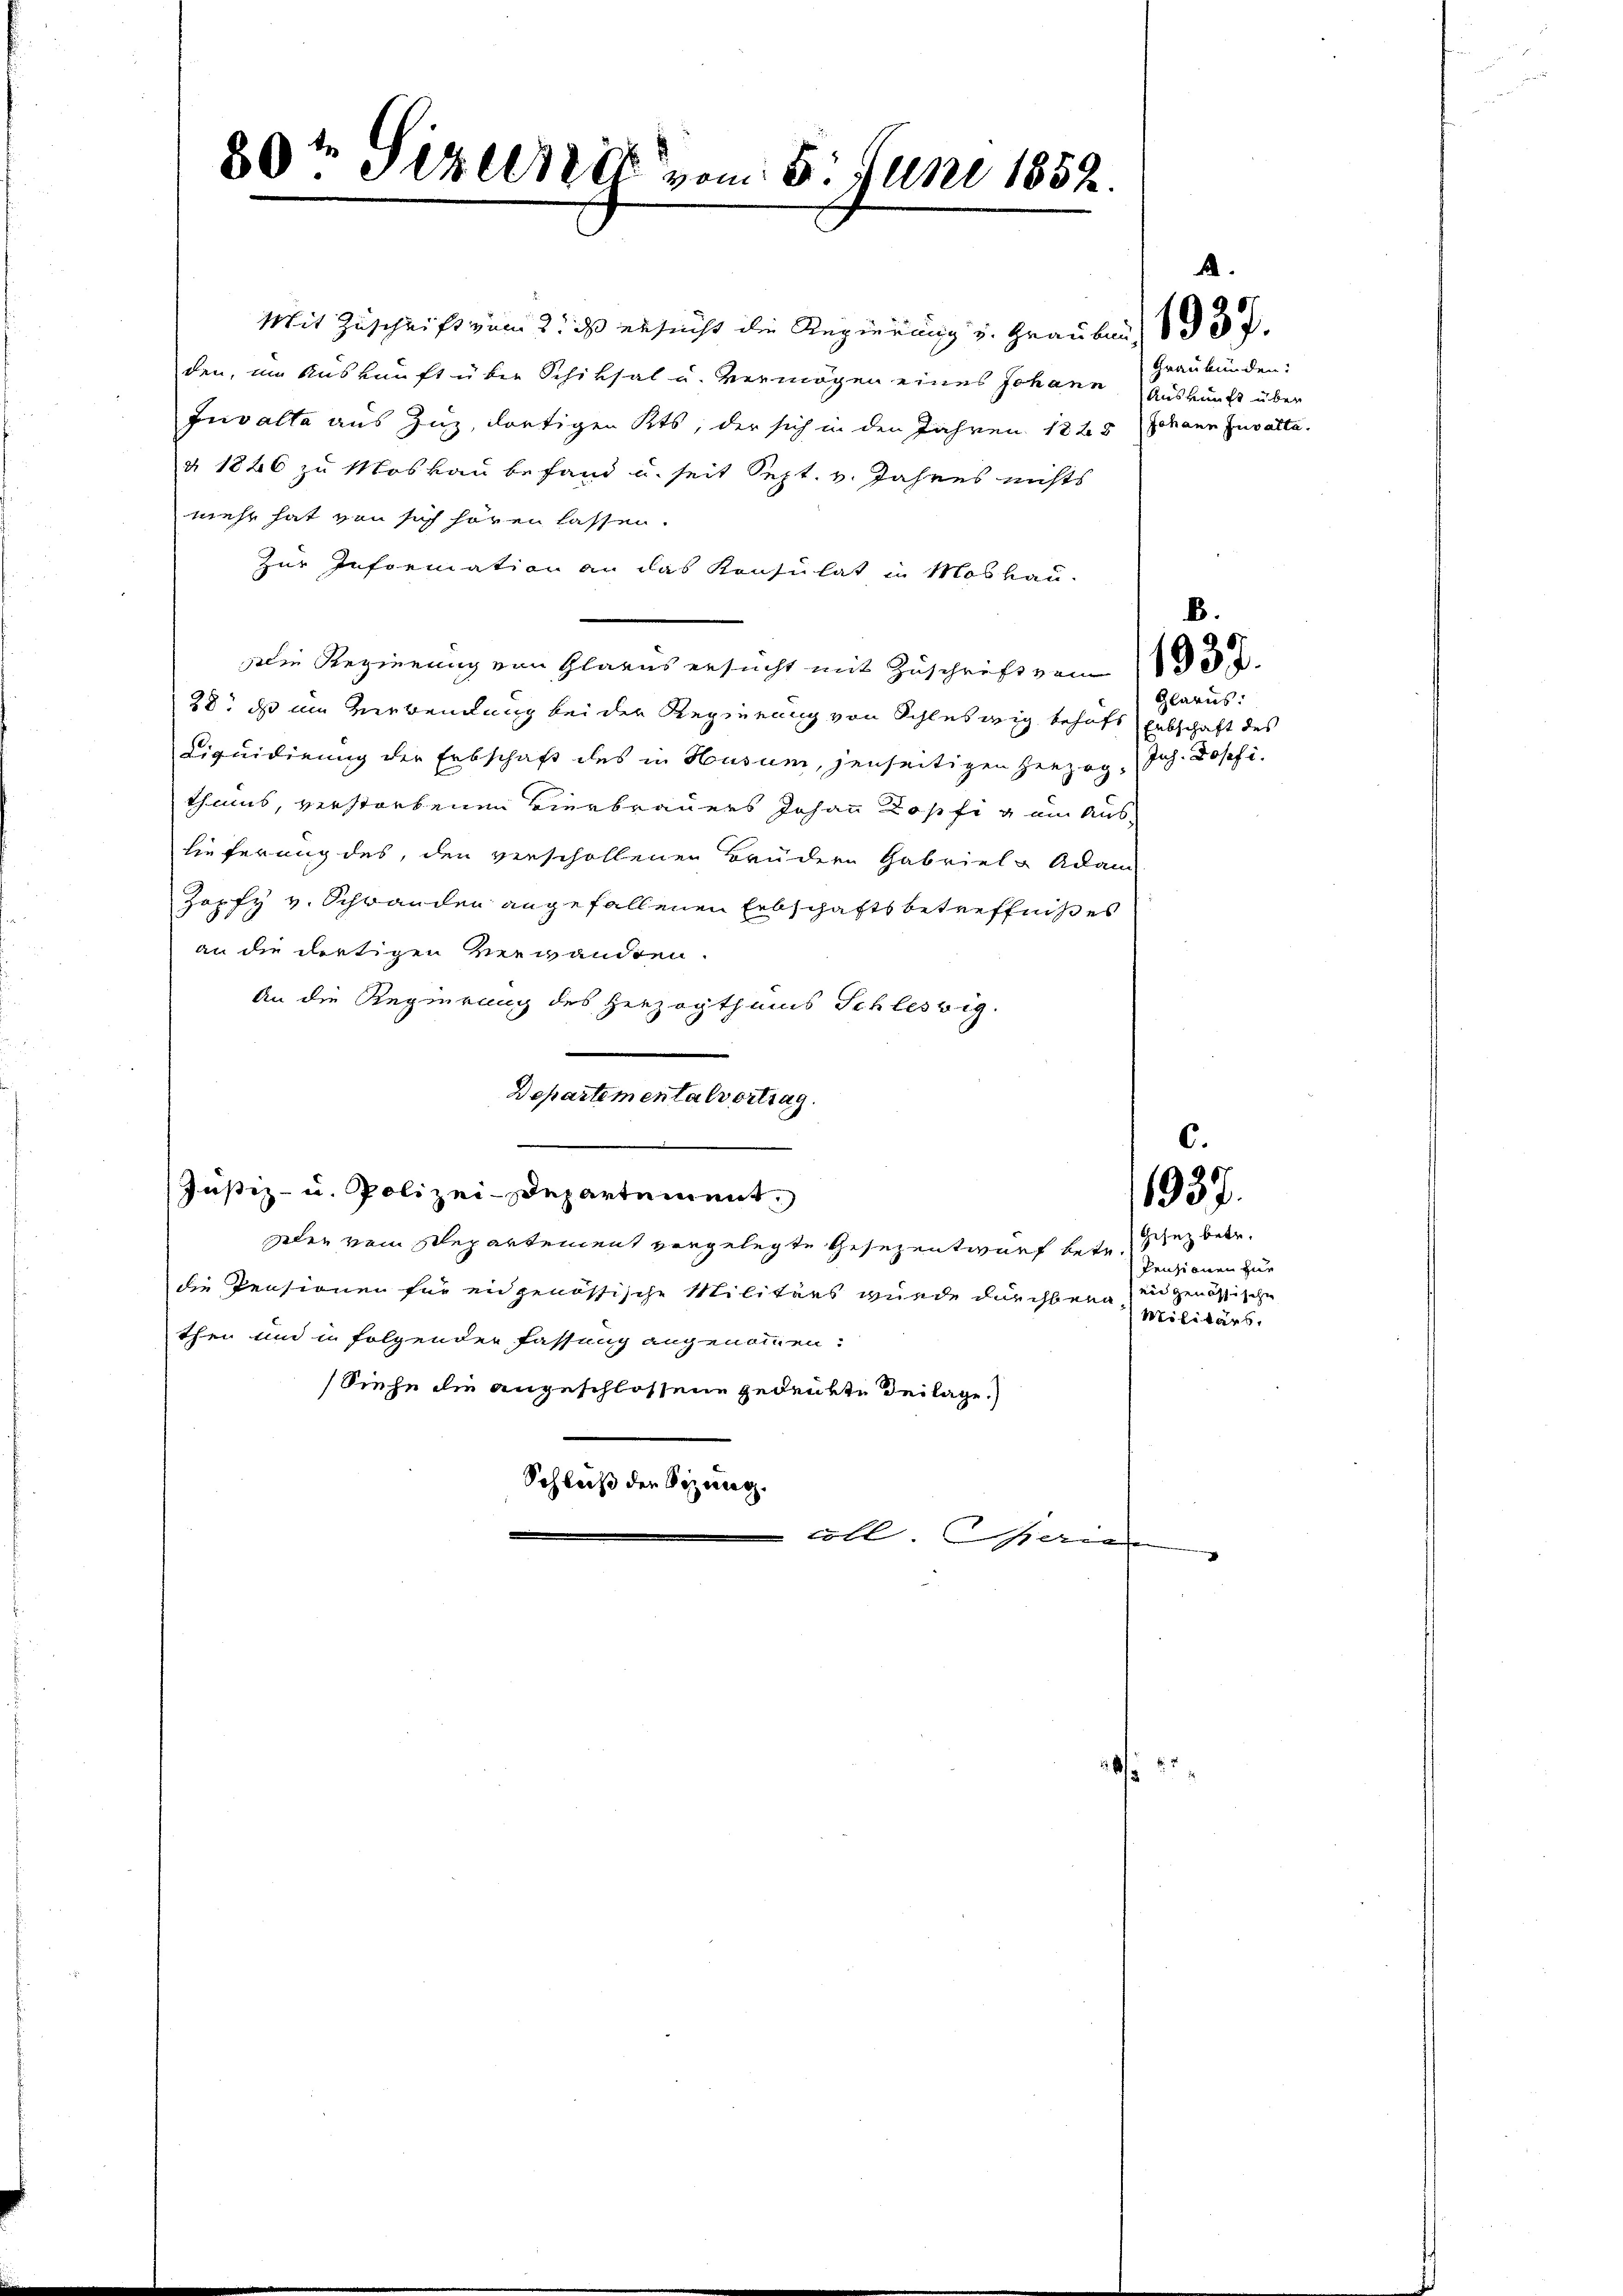
80t Sizern vom 5. Juni 1858.

Mit Zuschrift vom 2. das ersucht die Regierung u. Grauben, 1 § 37.
den, im Auskunft über Schicksal u. Vermögen eines Johann Auskunft über
Invalta aus Zug, dortigen Kts, der sich in den Jahren 1888 Johann Invalta.
d 1846 zu Moskau befand u. seit Sept. v. Jahres nichts
mehr hat von sich hören lassen.
zur Information an das Konsulat in Moskau
Die Regierung von Glarus ersucht mit Zuschrift von 1832.
28. ds im Verwendung bei der Regierung von Schleswig behufs Entschaft des
Liquidirung der Erbschaft des in Husum, jenseitigen Herzog Joh. Josefi-
thums, verstorbenen Vierbrauers Johann Kopfig um Auslieferung des, den verschollenen Brüdern Gabrieli Adam
Zopfy v. Schwanden angefallenen Erbschaftsbetreffniß es
an die dortigen Verwandten
An die Regierung des Herzogthums Schlessig.
Departementalvertrag
Justiz- u. Polizei-Departement,
dlen vom Separtement vorgelegte Gesezentwurf betr. dez betr
die Pensionen für eidgenössische Militärs wurde durchberg in genössische
thei und in folgender fassung angenommen:
Siehe die angeschlossene gedenkte Beilage.)
Schluß der Sizung.
ooll. Geric

Graubünden:

Glarus:

B.

C.

1937.

Pensionen zur
Militärs.

5